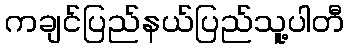
ကချင်ပြည်နယ်ပြည်သူ့ပါတီ